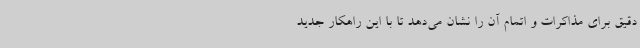
دقیق برای مذاکرات و اتمام آن را نشان می‌دهد تا با این راهکار جدید